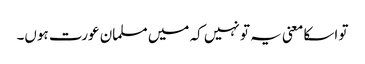
تو اسکا معنی یہ تو نہیں کہ میں مسلمان عورت ہوں۔